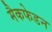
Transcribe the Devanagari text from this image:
मैकफेडन